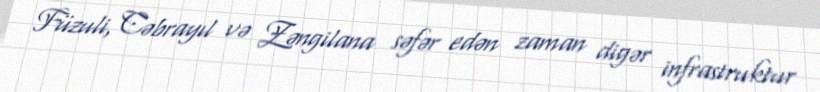
Füzuli, Cəbrayıl və Zəngilana səfər edən zaman digər infrastruktur